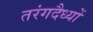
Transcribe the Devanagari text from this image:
तरंगदैध्यों